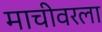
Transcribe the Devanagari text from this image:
माचीवरला